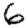
Digit: 6